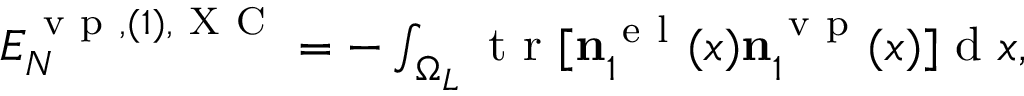
\begin{array} { r } { { \cal E } _ { N } ^ { \ensuremath { \mathrm { ~ v ~ p ~ } } , ( 1 ) , \mathrm { ~ X ~ C ~ } } = - \int _ { \Omega _ { L } } \ensuremath { \mathrm { ~ t ~ r ~ } } [ \ensuremath { \mathbf { n } } _ { 1 } ^ { \ensuremath { \mathrm { ~ e ~ l ~ } } } ( x ) \ensuremath { \mathbf { n } } _ { 1 } ^ { \ensuremath { \mathrm { ~ v ~ p ~ } } } ( x ) ] \ensuremath { \mathrm { ~ d ~ } } x , } \end{array}